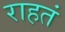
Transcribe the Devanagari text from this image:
राहतं